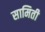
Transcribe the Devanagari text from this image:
सामिती